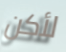
لأكن